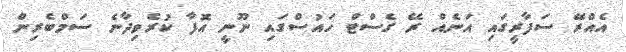
އެއްރޭ ސަފާރީގައި އަނެއް ރޭ ގެސްޓް ހައުސްގައި ނޫނީ އޮފާ ކުރެވިދާނެ ސަމްބެރިން